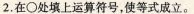
2.在〇处填上运算符号，使等式成立。